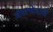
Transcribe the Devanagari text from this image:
वंशभेदाचे